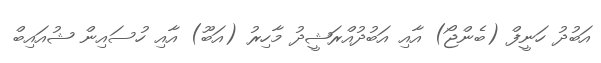
އަބުދު ހަނީފް (ބެންޖޯ) އާއި އަބުދުއްރަޝީދު މާހިރު (އަބޫ) އާއި ހުސައިން ޝުއައިބް